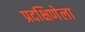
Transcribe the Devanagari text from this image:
प्रदक्षिणेला